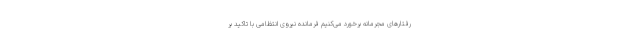
رفتارهای مجرمانه برخورد می‌کنیم فرمانده نیروی انتظامی با تاکید بر